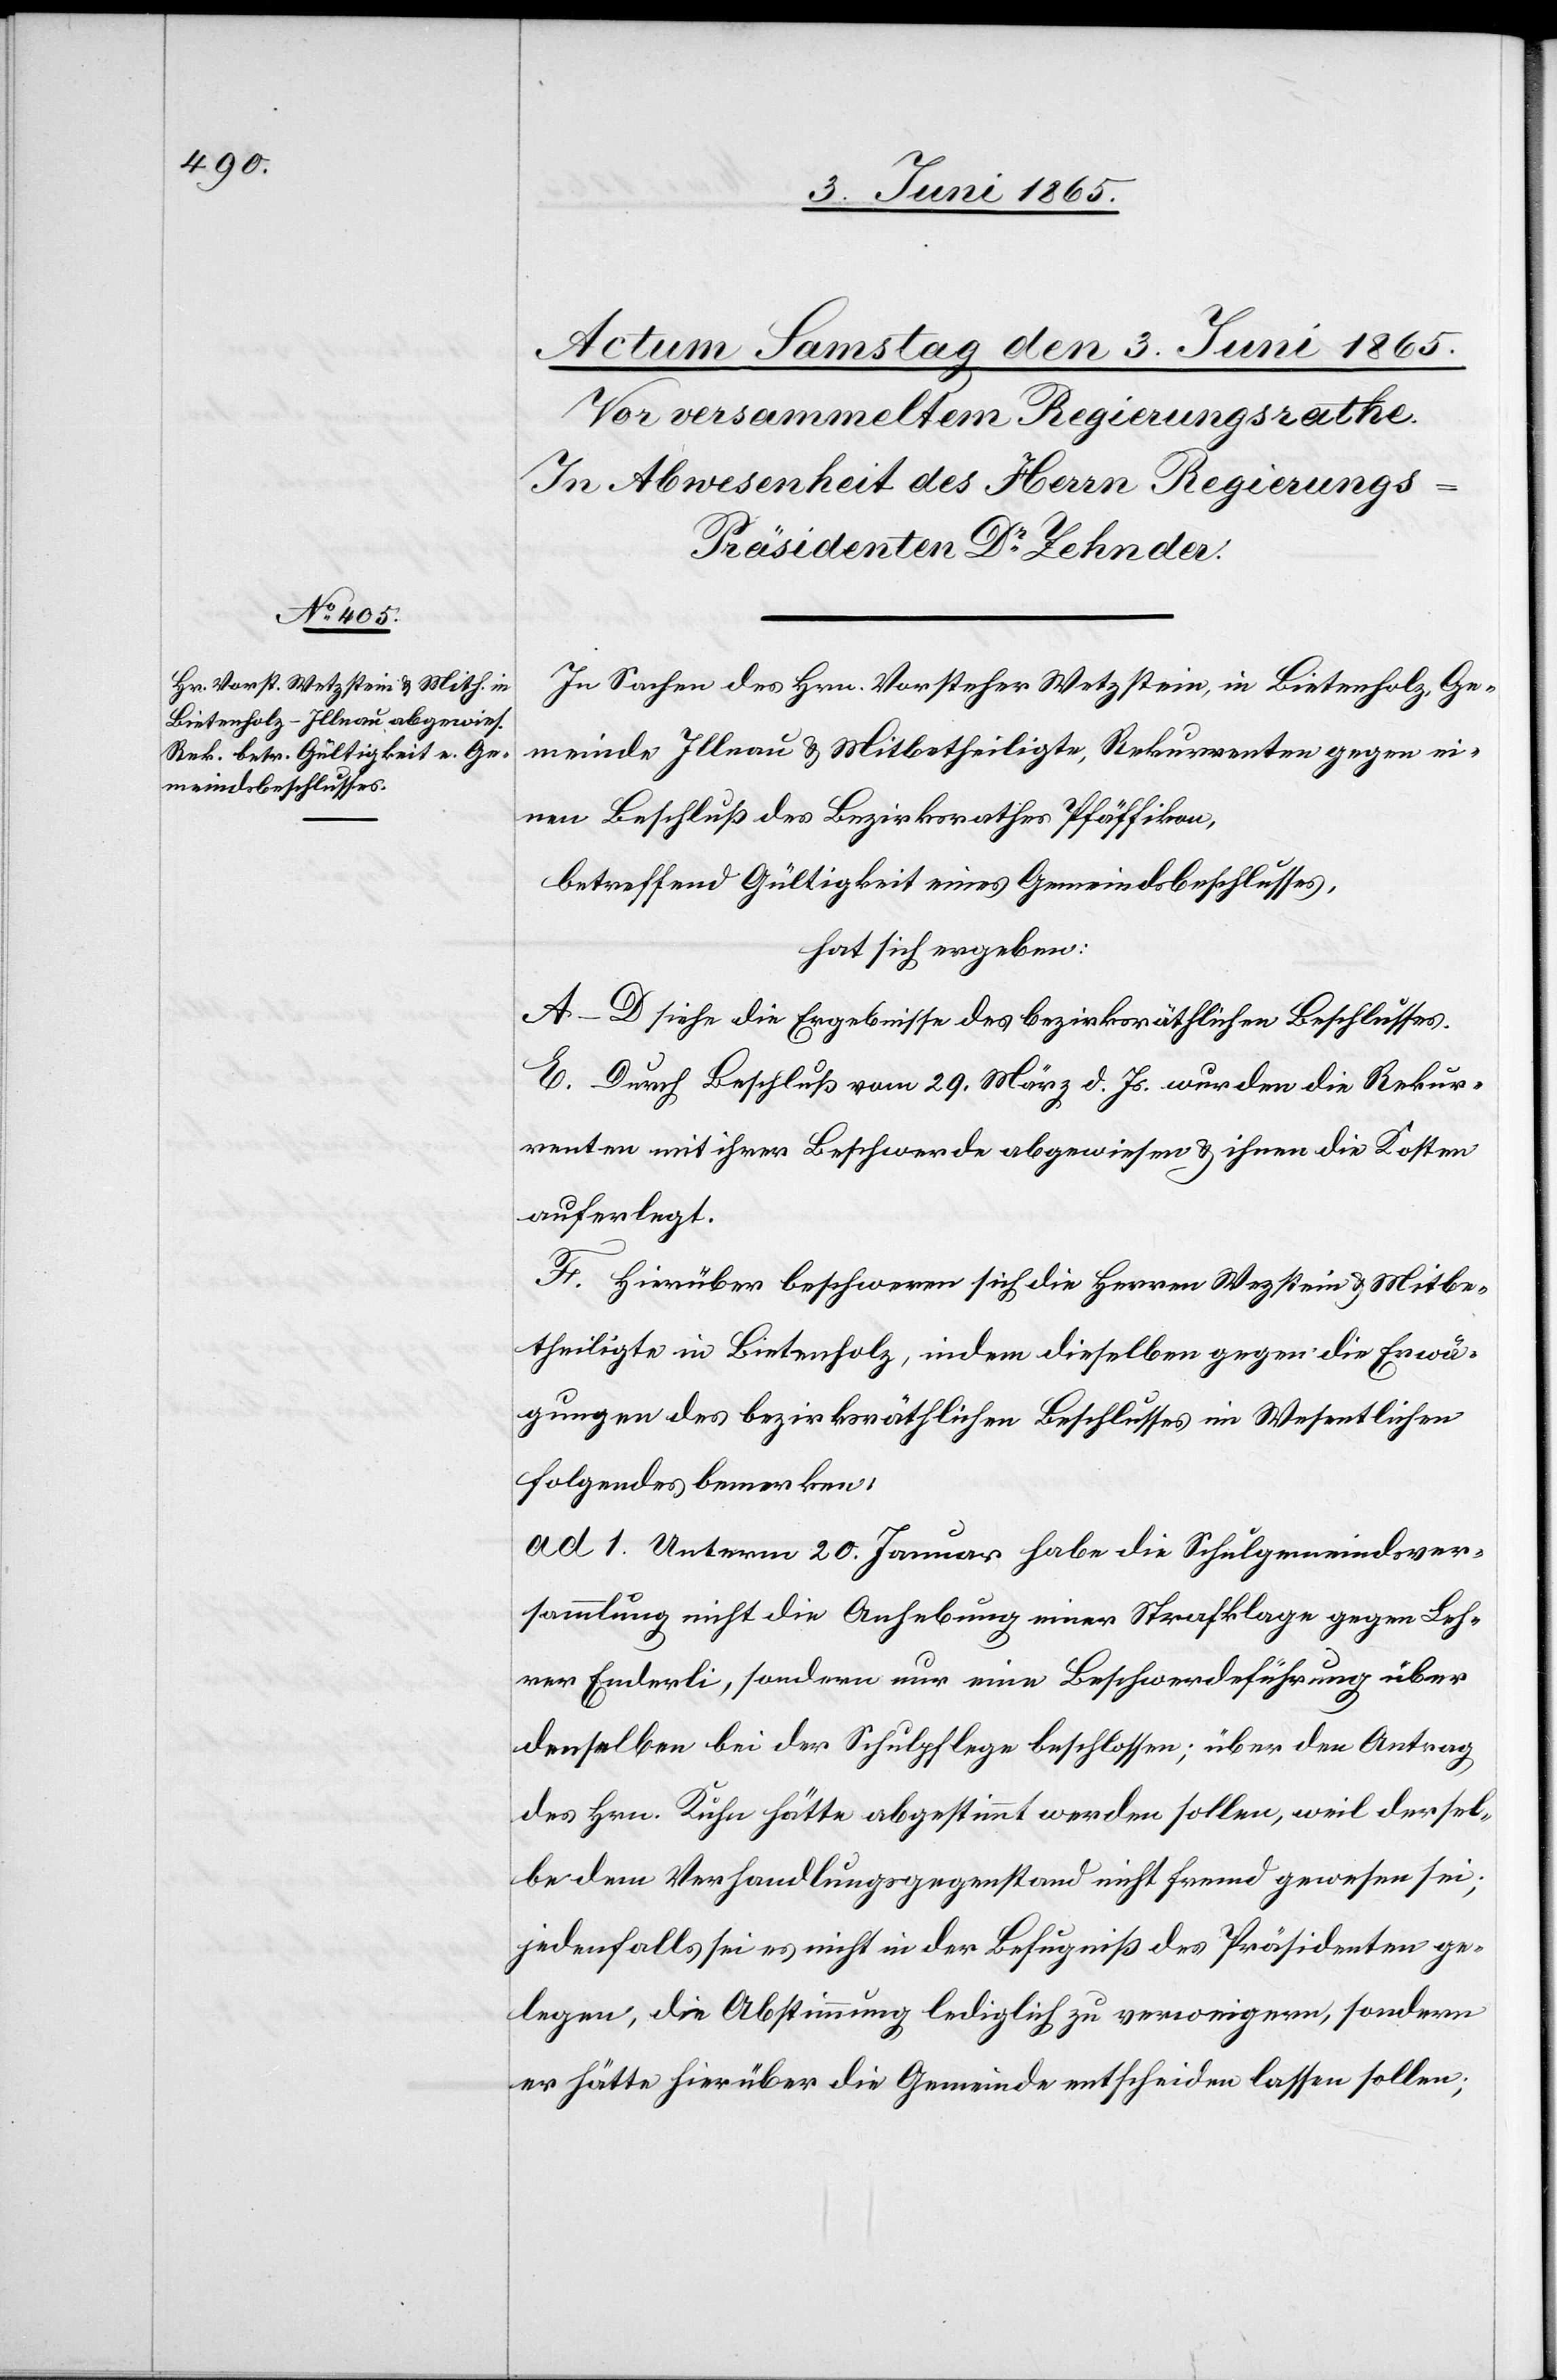
In Sachen des Hrn. Vorsteher Wetzstein, in Bietenholz, Ge¬
meinde Illnau & Mitbetheiligte, Rekurrenten gegen ei¬
nen Beschluß des Bezirksrathes Pfäffikon,
betreffend Gültigkeit eines Gemeindsbeschlusses,
hat sich ergeben:
A–D siehe die Ergebnisse des bezirksräthlichen Beschlusses.
E. Durch Beschluß vom 29. März d. Js. wurden die Rekur¬
renten mit ihrer Beschwerde abgewiesen & ihnen die Kosten
auferlegt.
F. Hierüber beschweren sich die Herren Wezstein [sic!] & Mitbe¬
theiligte in Bietenholz, indem dieselben gegen die Erwä¬
gungen des bezirksräthlichen Beschlusses im Wesentlichen
Folgendes bemerken:
ad 1. Unterm 20. Januar habe die Schulgemeindsver¬
sammlung nicht die Anhebung einer Strafklage gegen Leh¬
rer Emderli, sondern nur eine Beschwerdeführung über
denselben bei der Schulpflege beschlossen; über den Antrag
des Hrn. Kühn hätte abgestimmt werden sollen, weil dersel¬
be dem Verhandlungsgegenstand nicht fremd gewesen sei;
jedenfalls sei es nicht in der Befugniß des Präsidenten ge¬
legen, die Abstimmung lediglich zu verweigern, sondern
er hätte hierüber die Gemeinde entscheiden lassen sollen;